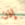
إذن